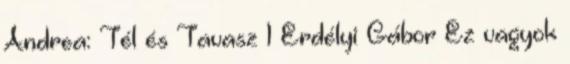
Andrea: Tél és Tavasz 1 Erdélyi Gábor Ez vagyok